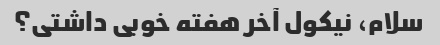
سلام، نیکول آخر هفته خوبی داشتی؟